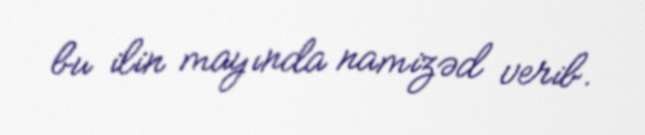
bu ilin mayında namizəd verib.